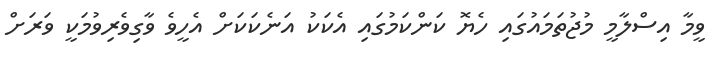
ވީމާ އިސްލާމީ މުޖުތަމައުގައި ހެޔޮ ކަންކަމުގައި އެކަކު އަނެކަކަށް އެހީވެ ވާގިވެރިވުމަކީ ވަރަށް